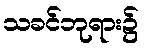
သခင်ဘုရား၌